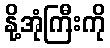
နို့အုံကြီးကို